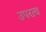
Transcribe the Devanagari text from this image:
उपरत्व